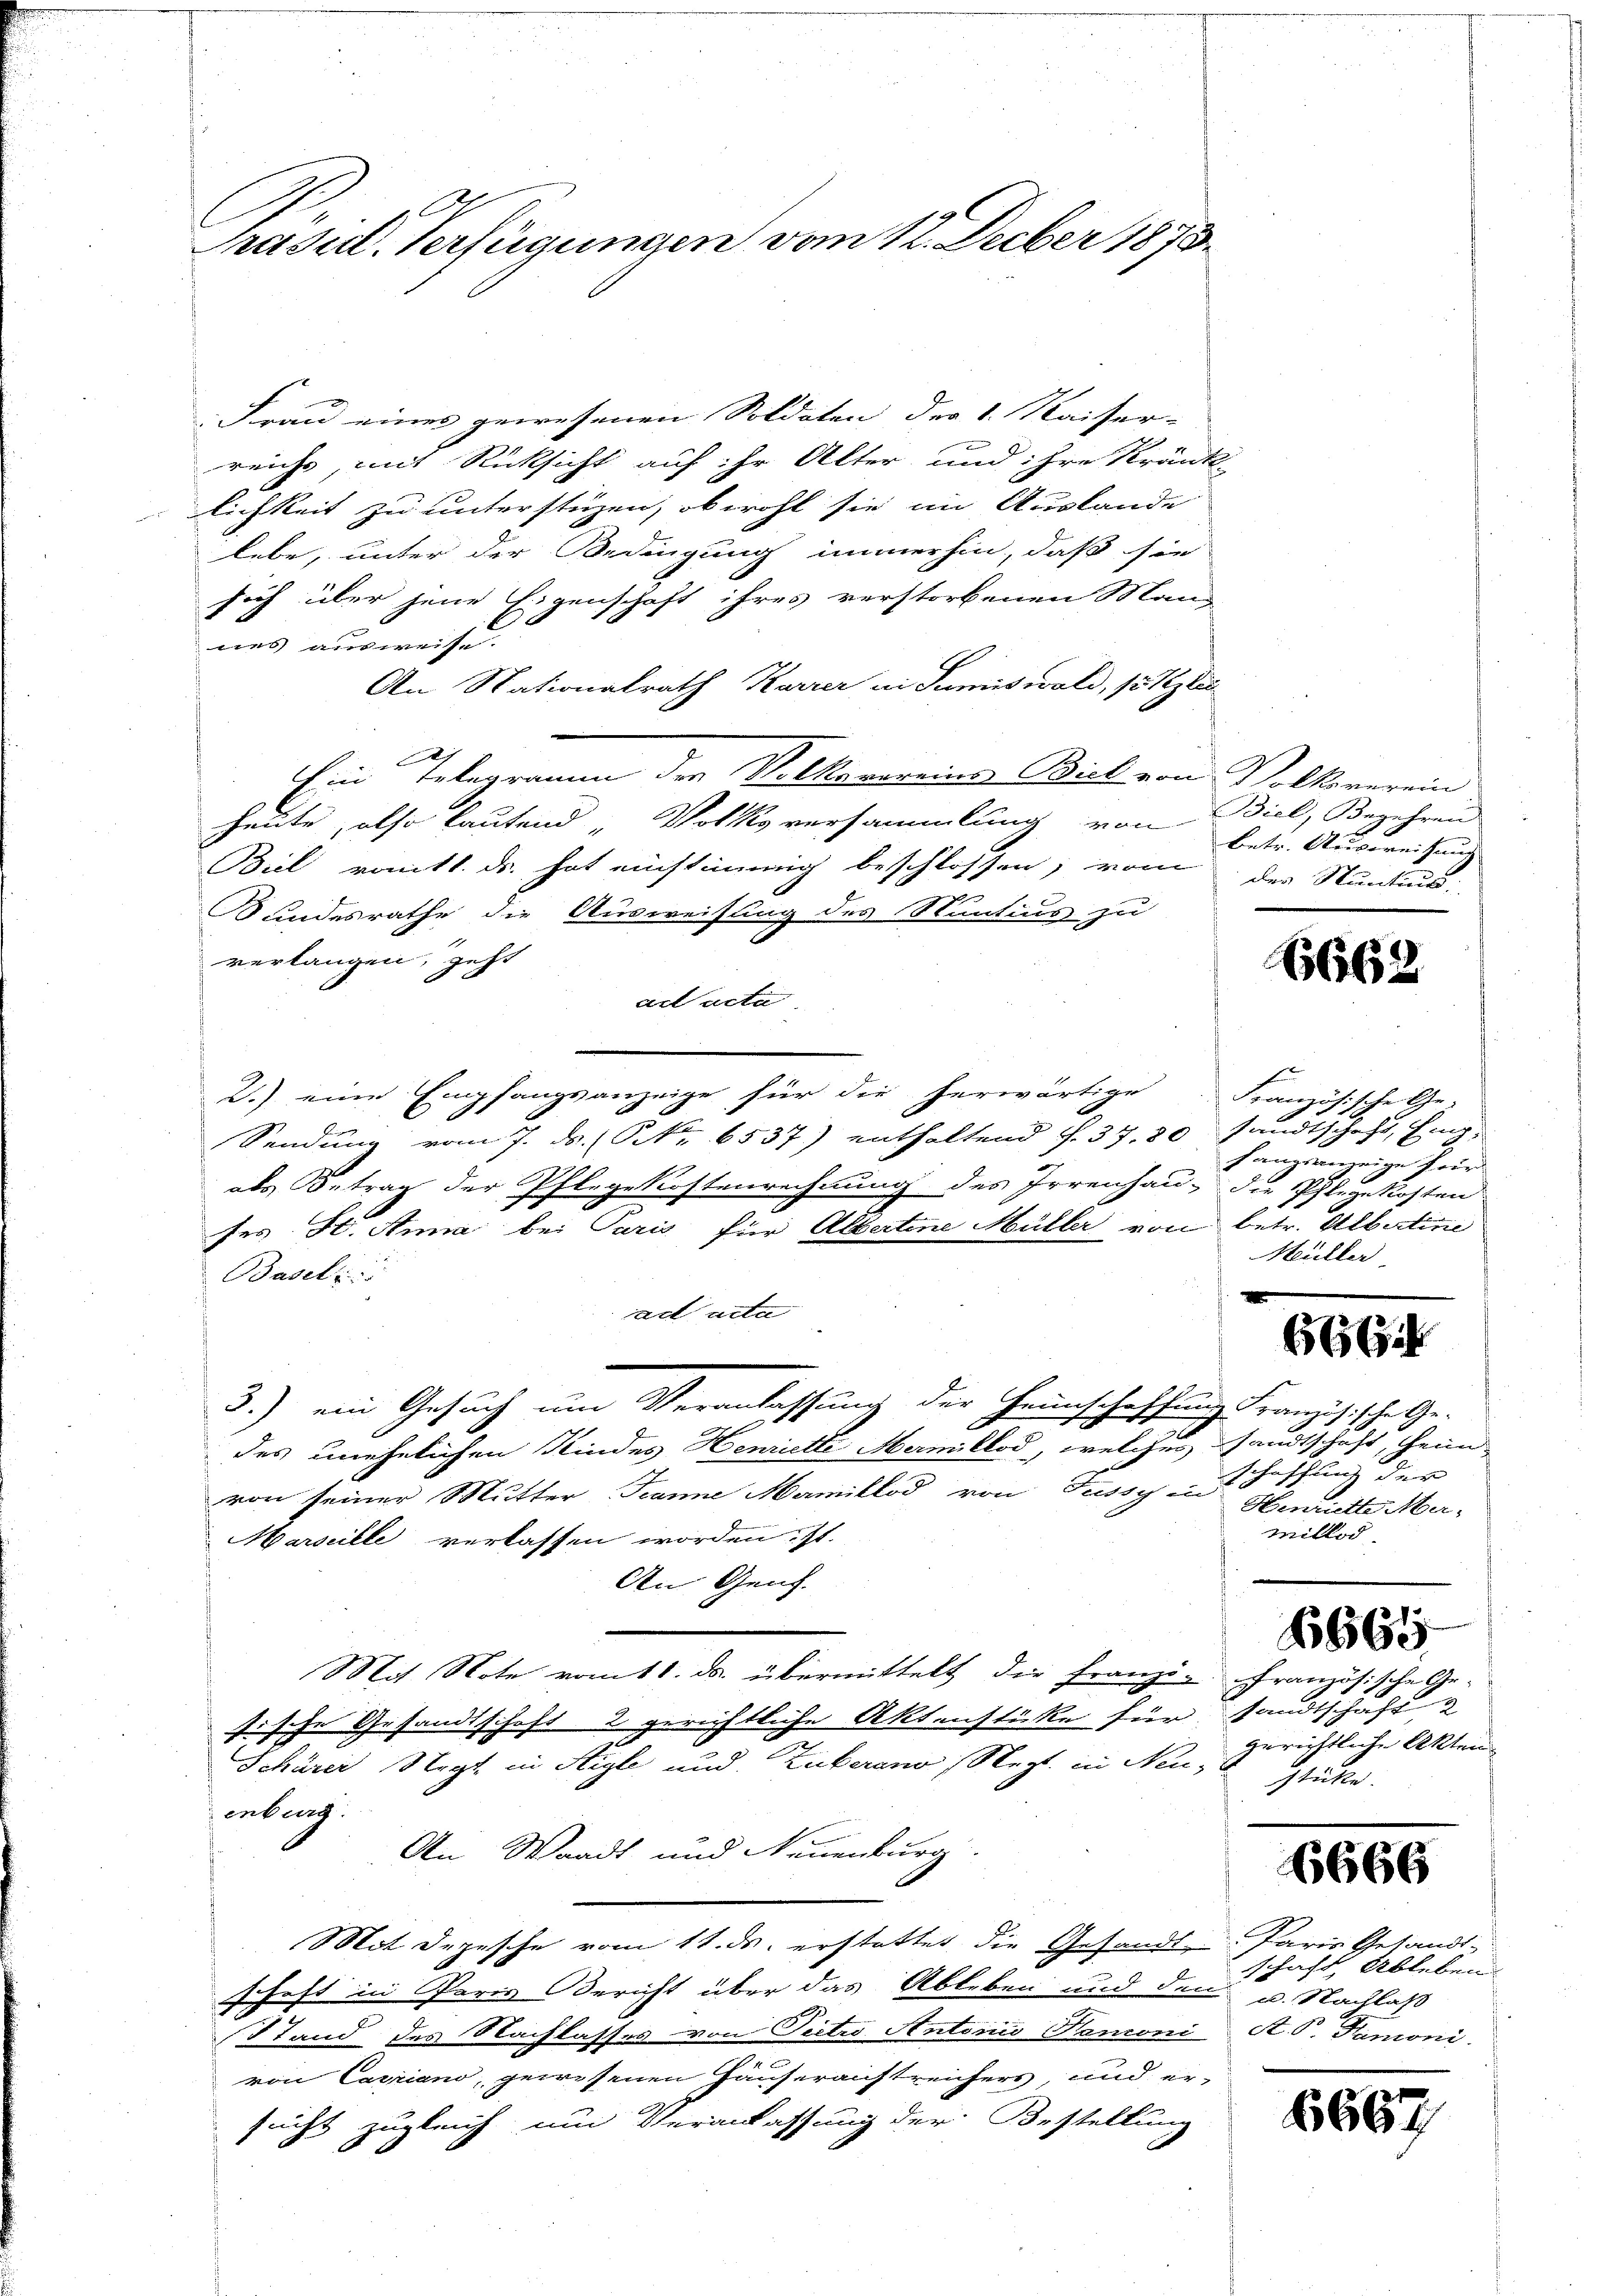
Präsid. Verfügungen vom 12. Decber 1873.

Frau einer gewesenen Soldaten der 1. Kaiser-
reichs, mit Rücksicht auf ihr Alter und ihre Kränk-
lichkeit zu unterstüzen, obwohl sie im Auslande
lebe, unter der Bedingung immerhin, daß sie
sich über jene Eigenschaft ihres verstorbenen Man-
nes ausweise.
An Nationalrath Karrer an Sumiswald, so glei
Ein Telegramm der Volksvereins Biel von Volksverein
heute, also lautend „Volksversammlung von Biel, Begehren
Biel ranitt. ds. hat einstimmig beschlossen; vom der Stundun
Sundesrathe die Ausweisung des Nuntius zu
verlangen, geht
ad acta
2.) eine Empfangsanzeige für die herwärtige Französische Ge-
g
Sendung vom 7. ds. ( NNo. 6537.) enthaltend §. 37. 20 sandtschaft, Eing.
als Betrag der Pflegekostenrechnung des Irrenhau- die Pflegekosten
ses St. Anna bei Paris für Albertine Müller von betr. Albatine
Basel
ad acta
3.) ein Gesuch um Veranlassung der Heinschaffung Französische Ge-
des unehelichen Kindes Henriette Mermitlod, welches sandtschaft, heim
von seiner Mutter Tanne Mamillod von Tussy in Heute Mar-
Marseille verlassen worden, ist.
An Genf.
Mit Note vom 11. ds. übermittelt die Franzig Französische Ge-
sische Gesandtschaft 2 gerichtliche Aktenstücke für sandtschaft &
Schärer Negt in Aigle und Zuberano Negt. in Neu- stücke.
enburg.
An Waadt und Neuenburg
Mit Depesche vom 11. ds. erstattet die Gesandt Paris Gesandt-
schaft in Paris Bericht über das Ableben und den u. Nachlaß
Stand des Nachlasses von Petro Antorii Hanoni A. P. Kanoni
.
von Caspiano, gewesenen Häuseraistreichers und ersucht zugleich um Veranlassung der Bestellung

betr. Ausweisung

6662

fangsanzeige fried
Müller

6664

schaffung der
millod

gerichtliche Akten

6665

6666

schaft Ableben.

6667